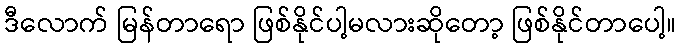
ဒီလောက် မြန်တာရော ဖြစ်နိုင်ပါ့မလားဆိုတော့ ဖြစ်နိုင်တာပေါ့။